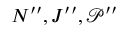
N ^ { \prime \prime } , J ^ { \prime \prime } , \mathcal { P } ^ { \prime \prime }